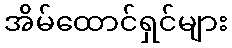
အိမ်ထောင်ရှင်များ